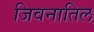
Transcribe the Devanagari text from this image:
जिवनातिल